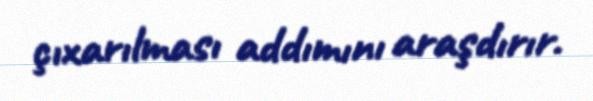
çıxarılması addımını araşdırır.